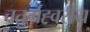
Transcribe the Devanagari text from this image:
चतुर्गह्वरीय